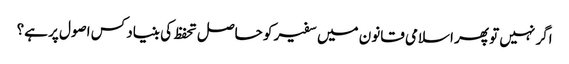
اگر نہیں تو پھر اسلامی قانون میں سفیر کو حاصل تحفظ کی بنیاد کس اصول پر ہے؟